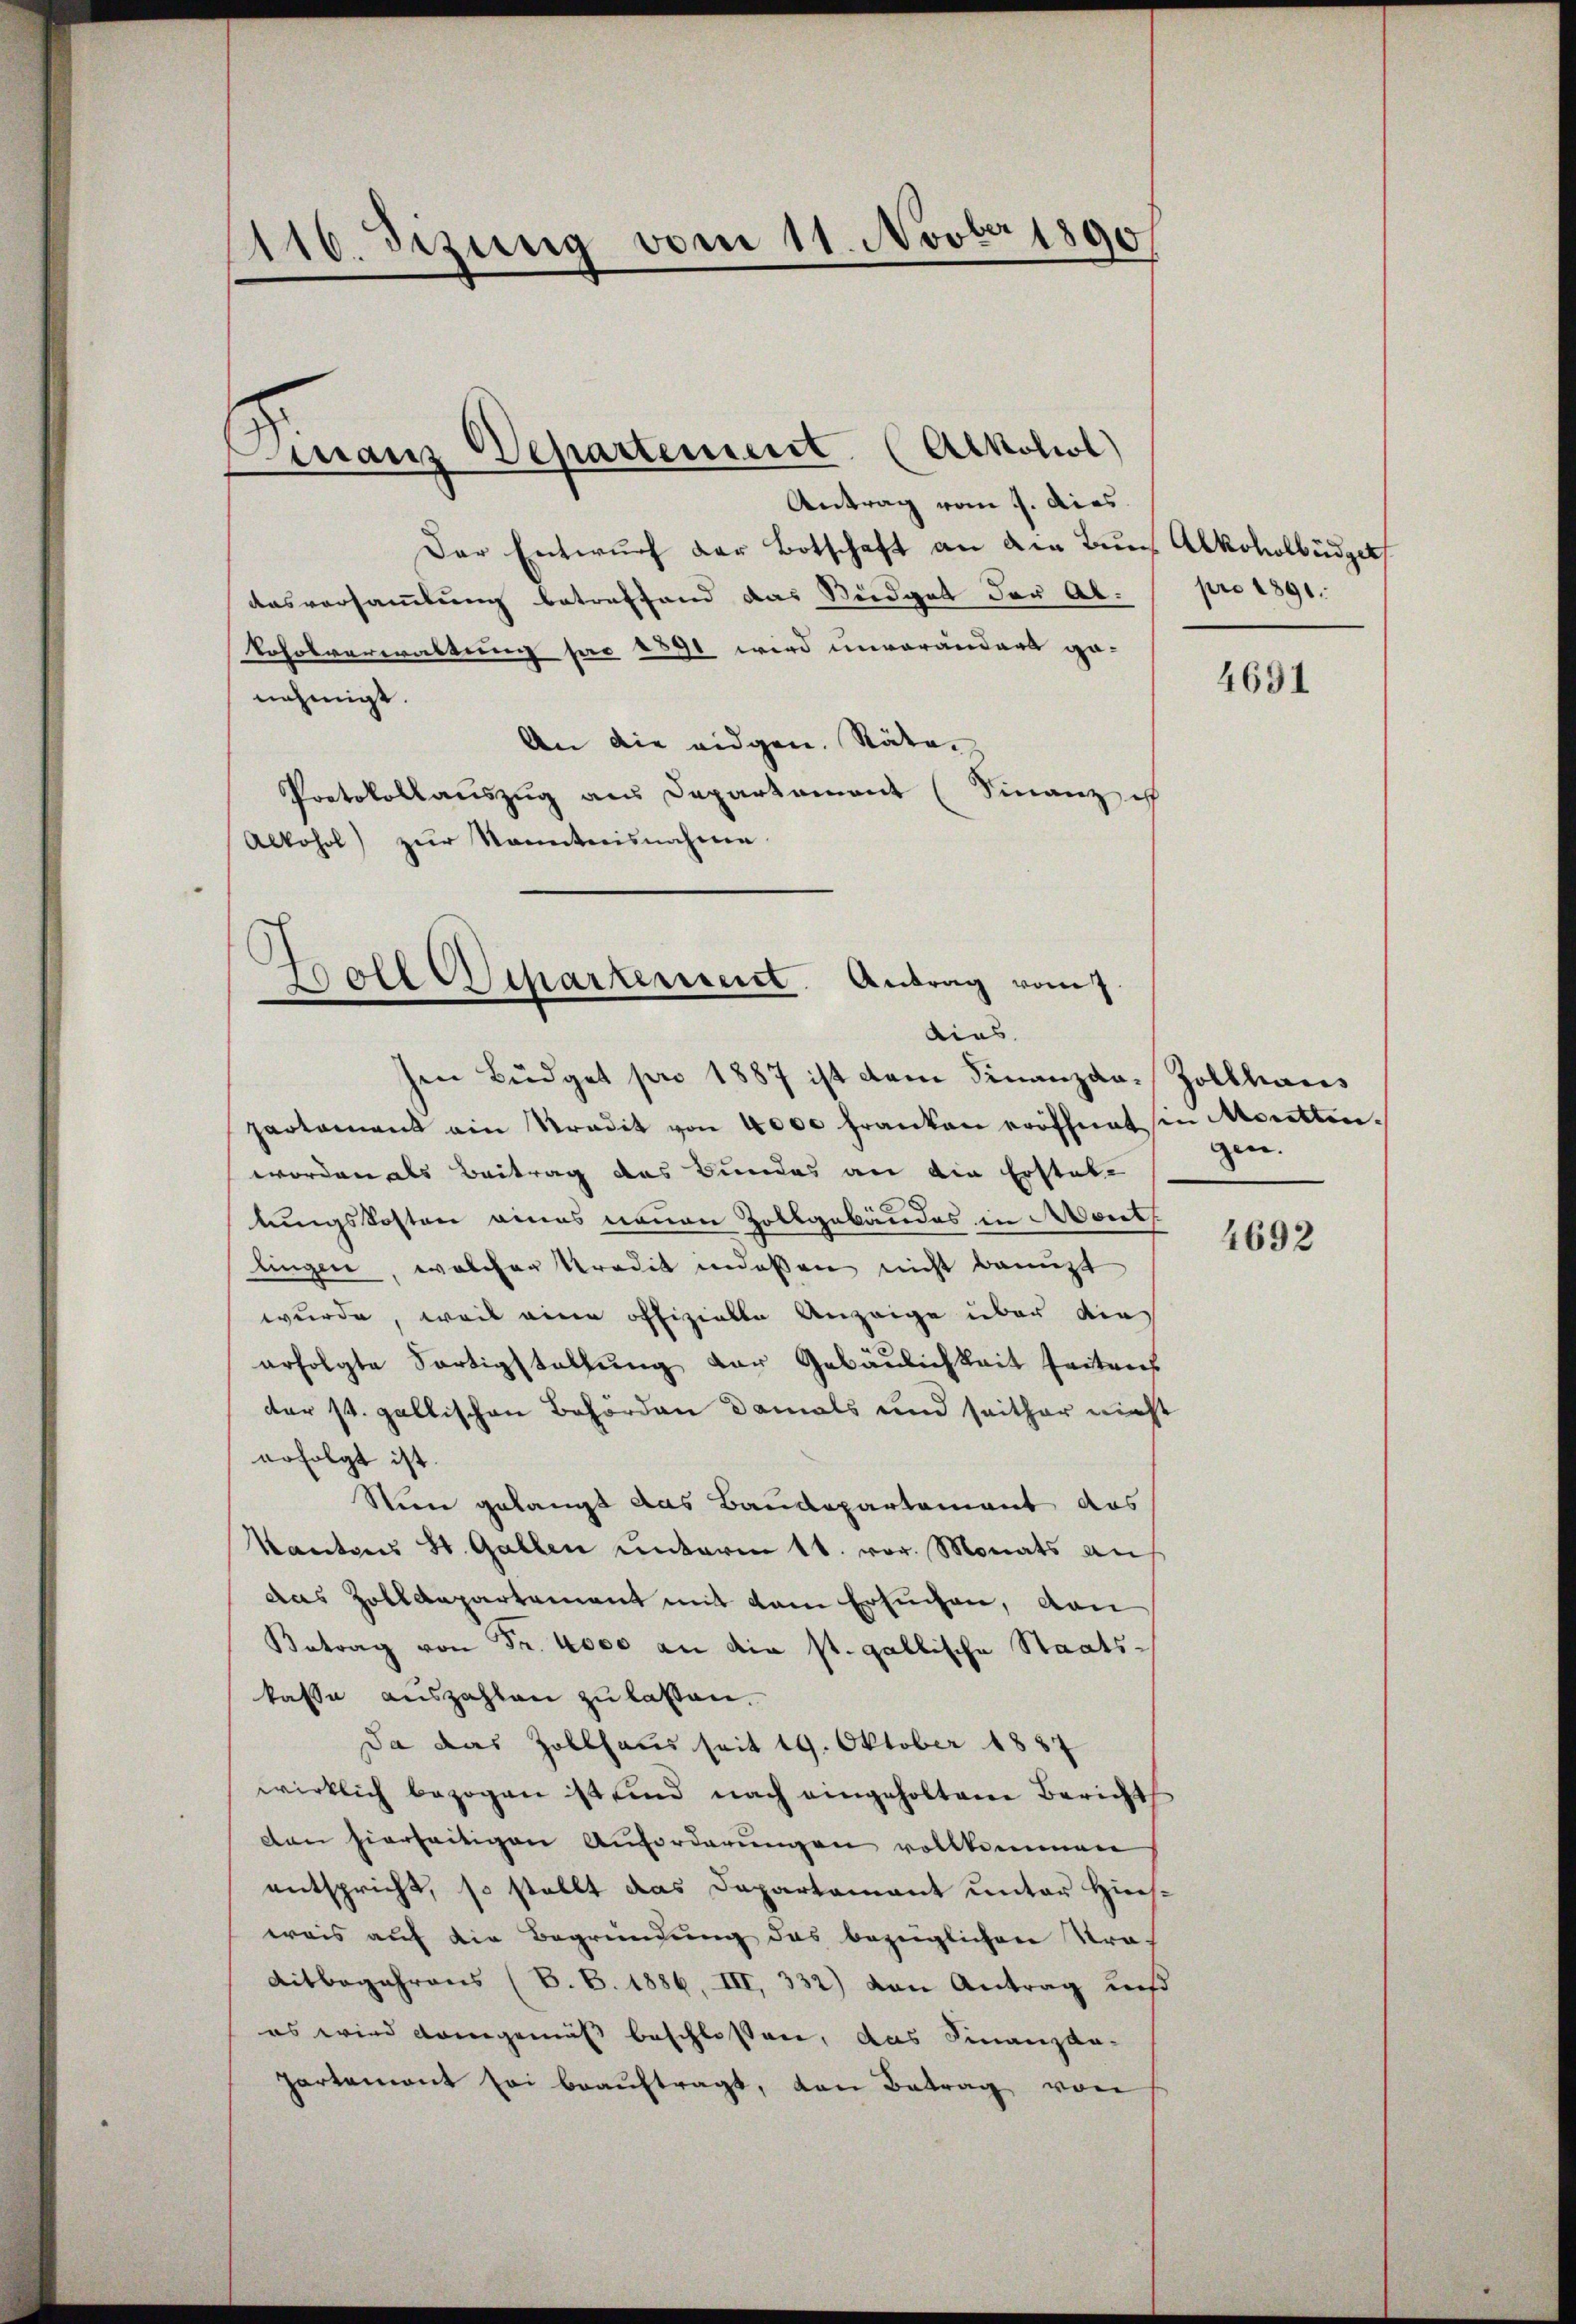
Antrag vom 9. dies
Der Entwurf der Botschaft an die Bun Alkoholbüdget
Ausversammlung betreffend das Südget der Abkoholverwaltung pro 1891 wird unverändert genehmigt.
An die eidgen. Räten
Protokollauszug aus Departament (Finanz ih
Alkohol) zŭr Sonntnisnahme

116. Dezung vom 11. Novber 1890

Finanz Vepartement. (Alkohol)

Boll Separtement. Antrag vom
dias.
Ien Büdget pro 1887 ist dem Finanzda-Zollhaus

partament ein Kredit von 4000 Franken eröffnet in Moritten.
worden als Beitrag des Bundes an die Erstat-
lungskosten eines neuen Zollgebäudes in Month
lingen, welcher Predit indessen nicht benuzt
wurde, weil eine offizielle Anzeige über dies
erfolgte Fortigstellung der Gebäulichkeit seitens
der st. gallischen Behörden damals und seither nicht
erfolgt ist.
Steine gelangt das Baudepartement das
Kantons St. Gallen unterm 11. vor. Monats au
das Zolldepartement mit dem Ersuchen, von
Betrag von Fr. 4000 an die st. gallische Staatskasse auszahlen zu lassen.
Da das Zollhaus seit 19. Oktober 1857
wirklich bezogen ist sind nach eingeholtene Berichts
den hierseitigen Auforderungen vollkommen
entspricht, so stellt das Dapartamant unter Hies-
weis auf die Begründung das bezüglichen Straf
Aitbegehrens (B. B. 1886, III, 332) den Antrag aus
es wird demgemäss beschlossen, das Finanzka-
partement sei beauftragt, von Betrag von

pro 1891.

4631

gen.

4692